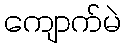
ကျောက်မဲ